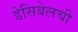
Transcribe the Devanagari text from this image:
डेसिबेलची